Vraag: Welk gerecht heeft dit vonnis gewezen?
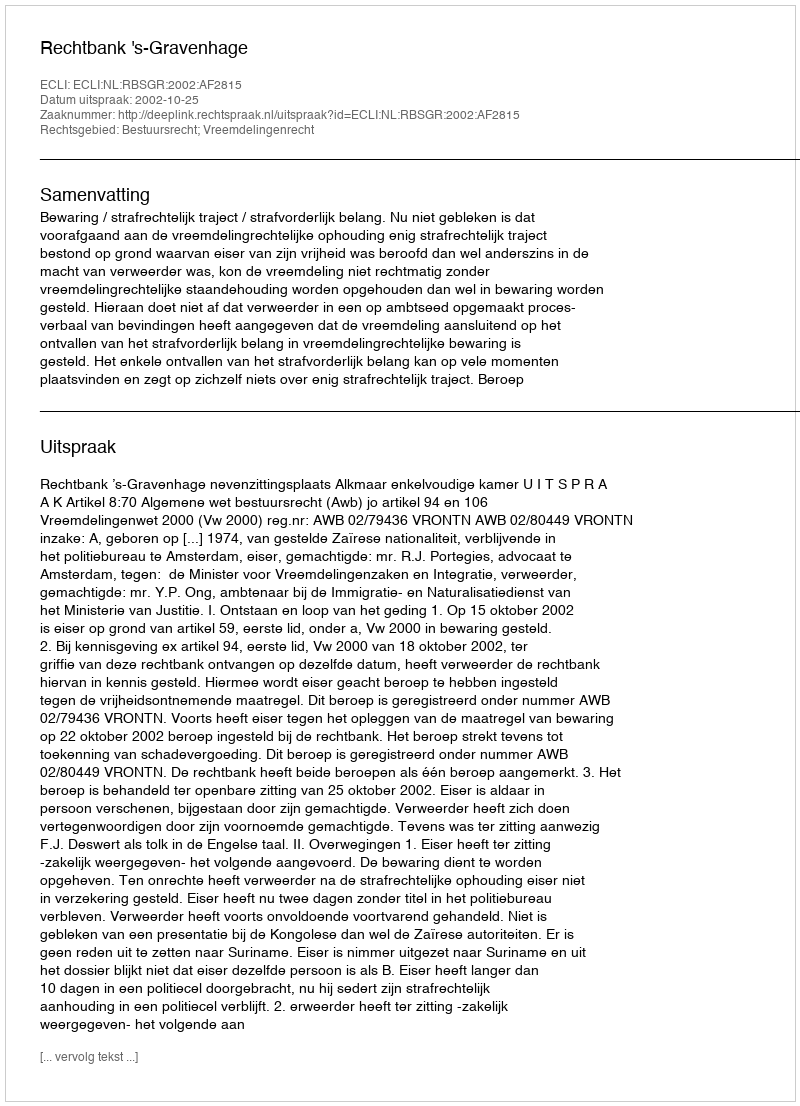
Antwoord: Rechtbank 's-Gravenhage